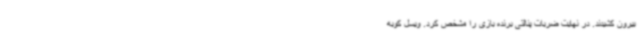
بیرون کشیدند. در نهایت ضربات پنالتی برنده بازی را مشخص کرد. ویسل کوبه